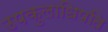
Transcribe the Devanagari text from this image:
उपकुलाधिपति